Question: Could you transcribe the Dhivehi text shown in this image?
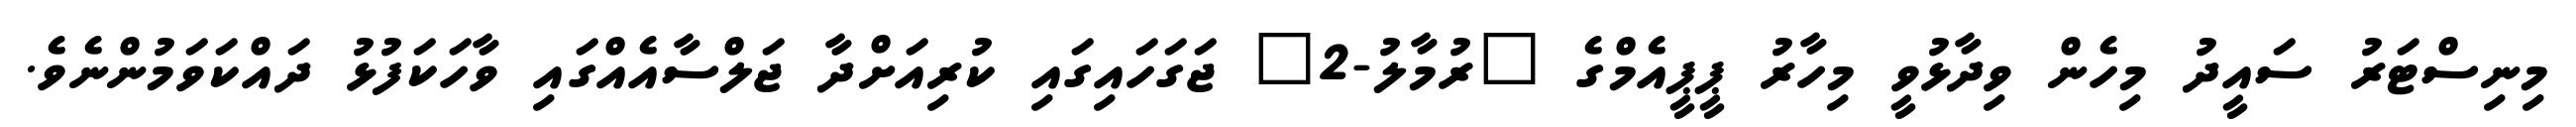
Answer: މިނިސްޓަރު ސައީދު މިހެން ވިދާޅުވީ މިހާރު ޕީޕީއެމްގެ "ރުމާލު-2" ޖަގަހައިގައި ކުރިއަށްދާ ޖަލްސާއެއްގައި ވާހަކަފުޅު ދައްކަވަމުންނެވެ.